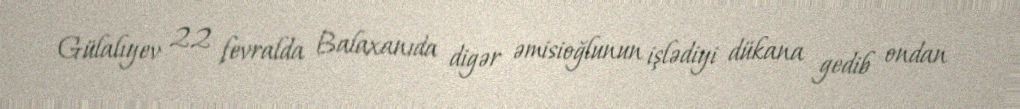
Gülalıyev 22 fevralda Balaxanıda digər əmisioğlunun işlədiyi dükana gedib ondan